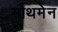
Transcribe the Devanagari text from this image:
मोथमेन